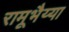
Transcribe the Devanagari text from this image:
रामूभैय्या